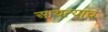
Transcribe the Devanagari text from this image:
आयत्याच